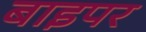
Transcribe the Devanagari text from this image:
बाइपर